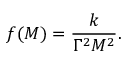
f ( M ) = { \frac { k } { \Gamma ^ { 2 } M ^ { 2 } } } .